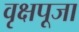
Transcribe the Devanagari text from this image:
वृक्षपूजा